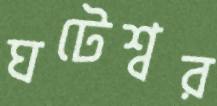
ঘটেশ্বর